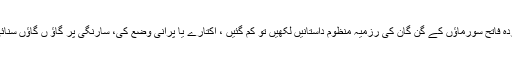
شکست خوردہ فاتح سورماؤں کے گن گان کی رزمیہ منظوم داستانیں لکھیں تو کم گئیں ، اکتارے یا پرانی وضع کی، سارنگی پر گاؤ ں گاؤں سنائی گئیں بہت۔